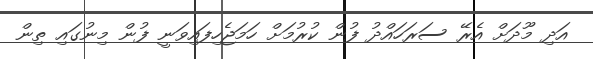
އަދި މޫދަށް އެރޭ ސަރަހައްދު ފުން ކުރުމަށް ހަމަޖެހިފައިވަނީ ފުން މިނުގައި ތިން